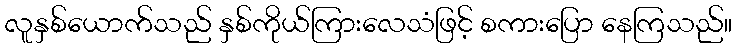
လူနှစ်ယောက်သည် နှစ်ကိုယ်ကြားလေသံဖြင့် စကားပြော နေကြသည်။